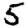
Digit: 5